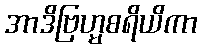
အာဒိဗြဟ္မစရိယိကာ